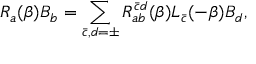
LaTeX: R _ { a } ( \beta ) B _ { b } = \sum _ { \bar { c } , d = \pm } R _ { a b } ^ { \bar { c } d } ( \beta ) L _ { \bar { c } } ( - \beta ) B _ { d } ,